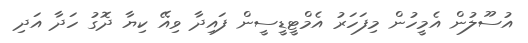
އުސޫލުން އެމީހުން މިފަހަރު އެމްޓީޑީސީން ފައިދާ ވިއޭ ކިޔާ ދޮގު ހަދާ އަދި